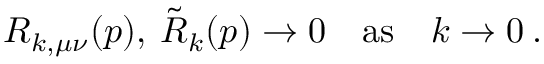
R _ { k , \mu \nu } ( p ) , \: \tilde { R } _ { k } ( p ) \to 0 \quad \mathrm { a s } \quad k \to 0 \: .